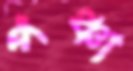
পঞ্চা